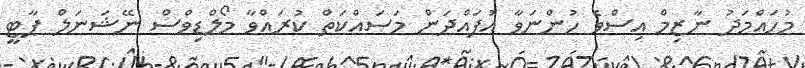
މުހައްމަދު ނާޒިމް އިސްވެ ހުންނަވާ އުފައްދަން މަސައްކަތް ކުރައްވާ މޯލްޑިވްސް ނޭޝަނަލް ޕާޓީ